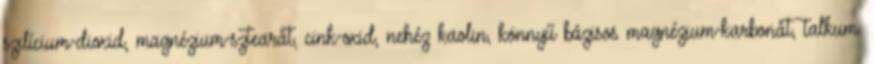
szilícium-dioxid, magnézium-sztearát, cink-oxid, nehéz kaolin, könnyű bázisos magnézium-karbonát, talkum.